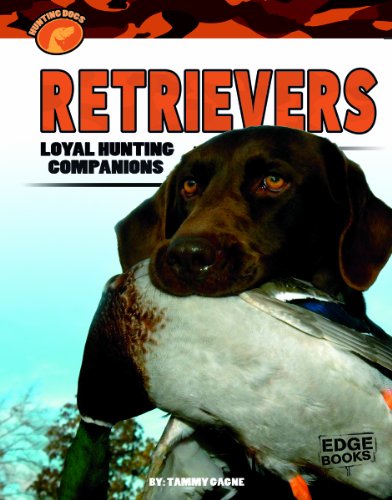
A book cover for Retrievers: Loyal Hunting Companions (Hunting Dogs); Tammy Gagne; Children's Books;